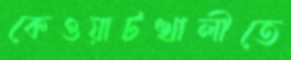
কেওয়াটখালীতে